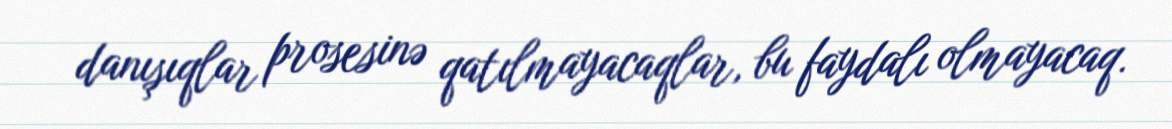
danışıqlar prosesinə qatılmayacaqlar, bu faydalı olmayacaq.